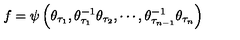
f = \psi \left( \theta _ { \tau _ { 1 } } , \theta _ { \tau _ { 1 } } ^ { - 1 } \theta _ { \tau _ { 2 } } , \cdots , \theta _ { \tau _ { n - 1 } } ^ { - 1 } \theta _ { \tau _ { n } } \right)